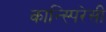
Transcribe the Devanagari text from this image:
कान्स्पिरेसी